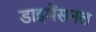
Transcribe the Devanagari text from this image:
डाइमेंसनल